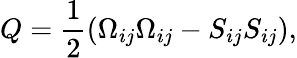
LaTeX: Q=\frac{1}{2}\left({{\Omega_{ij}}{\Omega_{ij}}-{S_{ij}}{S_{ij}}}\right),